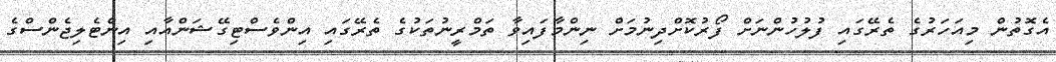
އެގޮތުން މިއަހަރުގެ ތެރޭގައި ފުލުހުންނަށް ފޯރުކޮށްދިނުމަށް ނިންމާފައިވާ ތަމްރީނުތަކުގެ ތެރޭގައި އިންވެސްޓިގޭޝަންއާއި އިންޓެލިޖެންސްގެ